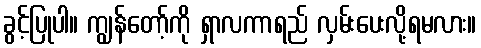
ခွင့်ပြုပါ။ ကျွန်တော့်ကို ရှာလကာရည် လှမ်းပေးလို့ရမလား။